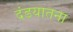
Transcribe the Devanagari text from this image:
दंडयातना